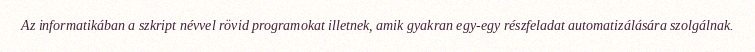
Az informatikában a szkript névvel rövid programokat illetnek, amik gyakran egy-egy részfeladat automatizálására szolgálnak.